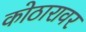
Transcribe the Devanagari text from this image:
कोठारावर